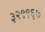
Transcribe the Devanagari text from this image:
३२९९६७